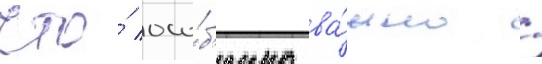
что́ осо́б'енно ва́жно /